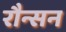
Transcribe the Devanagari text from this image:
रौन्सन